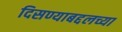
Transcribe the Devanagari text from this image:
दिसण्याबद्दलच्या